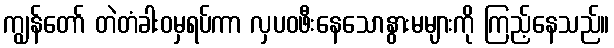
ကျွန်တော် တဲတံခါးဝမှရပ်ကာ လှပဝဖီးနေသောနွားမများကို ကြည့်နေသည်။